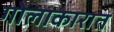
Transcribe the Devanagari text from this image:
गोलाकारात